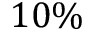
1 0 \%